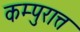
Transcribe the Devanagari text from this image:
कम्पुरात्त